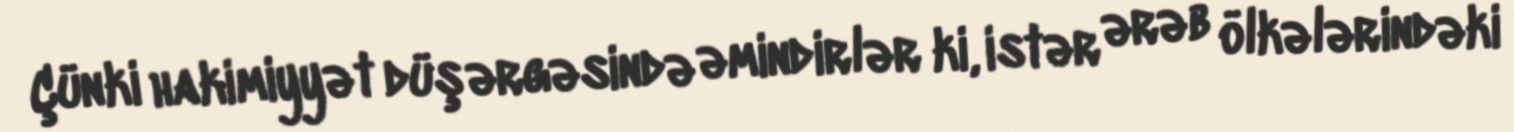
Çünki hakimiyyət düşərgəsində əmindirlər ki, istər ərəb ölkələrindəki